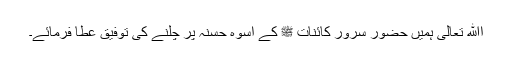
اﷲ تعالیٰ ہمیں حضور سرور کائنات ﷺ کے اسوۂ حسنہ پر چلنے کی توفیق عطا فرمائے۔